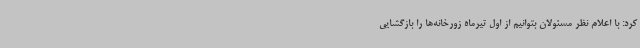
کرد: با اعلام نظر مسئولان بتوانیم از اول تیرماه زورخانه‌ها را بازگشایی